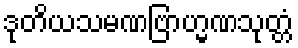
ဒုတိယသမဏဗြာဟ္မဏသုတ္တံ